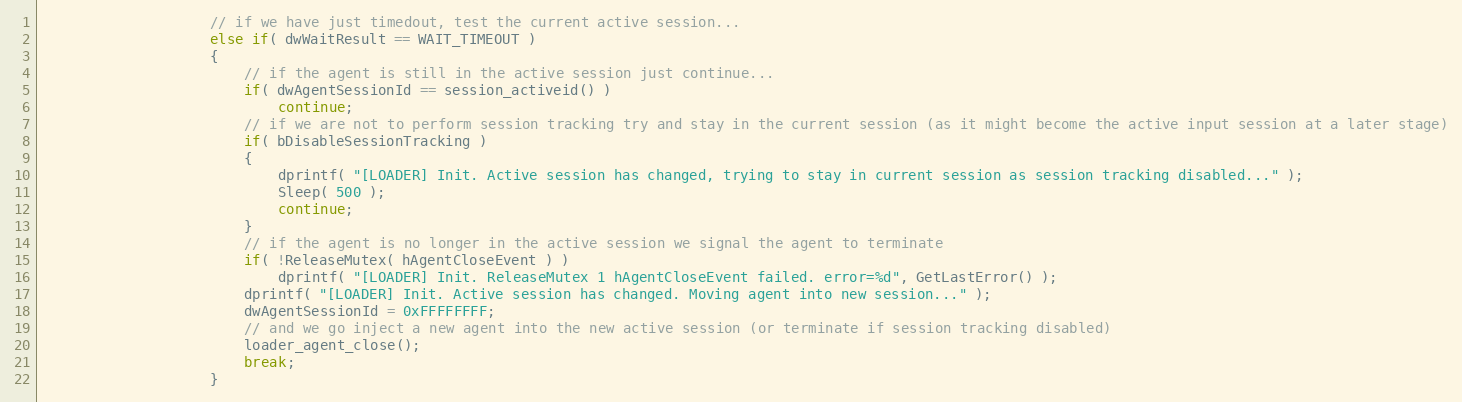
Language: C
					// if we have just timedout, test the current active session...
					else if( dwWaitResult == WAIT_TIMEOUT )
					{
						// if the agent is still in the active session just continue...
						if( dwAgentSessionId == session_activeid() )
							continue;
						// if we are not to perform session tracking try and stay in the current session (as it might become the active input session at a later stage)
						if( bDisableSessionTracking )
						{
							dprintf( "[LOADER] Init. Active session has changed, trying to stay in current session as session tracking disabled..." );
							Sleep( 500 );
							continue;
						}
						// if the agent is no longer in the active session we signal the agent to terminate
						if( !ReleaseMutex( hAgentCloseEvent ) )
							dprintf( "[LOADER] Init. ReleaseMutex 1 hAgentCloseEvent failed. error=%d", GetLastError() );
						dprintf( "[LOADER] Init. Active session has changed. Moving agent into new session..." );
						dwAgentSessionId = 0xFFFFFFFF;
						// and we go inject a new agent into the new active session (or terminate if session tracking disabled)
						loader_agent_close();
						break;
					}